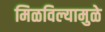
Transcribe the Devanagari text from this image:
मिळविल्यामुळे